Annual administration report of the Civil Veterinary Department of India - 1896-1897
Year: 1896
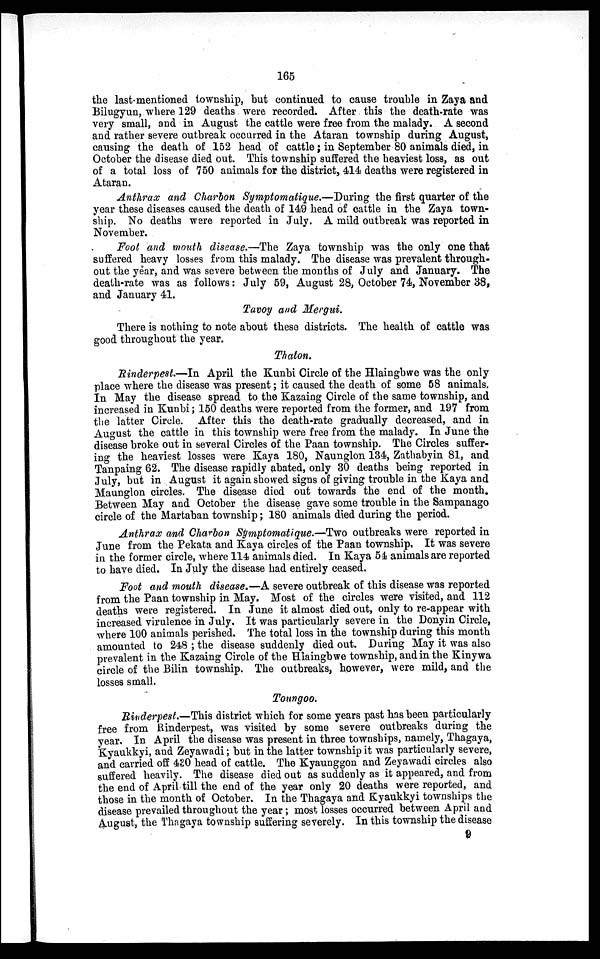
165
the last mentioned township, but continued to cause trouble in Zaya and
Bilugyun, where 129 deaths were recorded. After this the death-rate was
very small, and in August the cattle were free from the malady. A second
and rather severe outbreak occurred in the Ataran township during August,
causing the death of 152 head of cattle; in September 80 animals died, in
October the disease died out. This township suffered the heaviest loss, as out
of a total loss of 750 animals for the district, 414 deaths were registered in
Ataran.
Anthrax and Charbon Symptomatique.—During the first quarter of the
year these diseases caused the death of 149 head of cattle in the Zaya town-
ship. No deaths were reported in July. A mild outbreak was reported in
November.
Foot and mouth disease.—The Zaya township was the only one that
suffered heavy losses from this malady. The disease was prevalent through-
out the year, and was severe between the months of July and January. The
death-rate was as follows: July 59, August 28, October 74, November 38,
and January 41.
Tavoy and Mergui.
There is nothing to note about these districts. The health of cattle was
good throughout the year.
Thaton.
Rinderpest.—In April the Kunbi Circle of the Hlaingbwe was the only
place where the disease was present; it caused the death of some 58 animals.
In May the disease spread to the Kazaing Circle of the same township, and
increased in Kunbi ; 150 deaths were reported from the former, and 197 from
the latter Circle. After this the death-rate gradually decreased, and in
August the cattle in this township were free from the malady. In June the
disease broke out in several Circles of the Paan township. The Circles suffer-
ing the heaviest losses were Kaya 180, Naunglon 134, Zathabyin 81, and
Tanpaing 62. The disease rapidly abated, only 30 deaths being reported in
July, but in August it again showed signs of giving trouble in the Kaya and
Maunglon circles. The disease died out towards the end of the month.
Between May and October the disease gave some trouble in the Sampanago
circle of the Martaban township; 180 animals died during the period.
Anthrax and Charbon Symptomatique.—Two outbreaks were reported in
June from the Pekata and Kaya circles of the Paan township. It was severe
in the former circle, where 114 animals died. In Kaya 54 animals are reported
to have died. In July the disease had entirely ceased.
Foot and mouth disease.—A severe outbreak of this disease was reported
from the Paan township in May. Most of the circles were visited, and 112
deaths were registered. In June it almost died out, only to re-appear with
increased virulence in July. It was particularly severe in the Donyin Circle,
where 100 animals perished. The total loss in the township during this month
amounted to 248 ; the disease suddenly died out. During May it was also
prevalent in the Kazaing Circle of the Hlaingbwe township, and in the Kinywa
circle of the Bilin township. The outbreaks, however, were mild, and the
losses small.
Toungoo.
Rinderpest.—This district which for some years past has been particularly
free from Rinderpest, was visited by some severe outbreaks during the
year. In April the disease was present in three townships, namely, Thagaya,
Kyaukkyi, and Zeyawadi; but in the latter township it was particularly severe,
and carried off 430 head of cattle. The Kyaunggon and Zeyawadi circles also
suffered heavily. The disease died out as suddenly as it appeared, and from
the end of April till the end of the year only 20 deaths were reported, and
those in the month of October. In the Thagaya and Kyaukkyi townships the
disease prevailed throughout the year; most losses occurred between April and
August, the Thagaya township suffering severely. In this township the disease
9